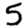
Digit: 5